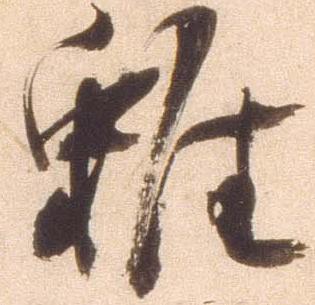
雖